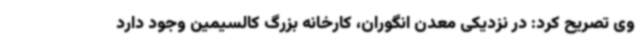
وی تصریح کرد: در نزدیکی معدن انگوران، کارخانه بزرگ کالسیمین وجود دارد